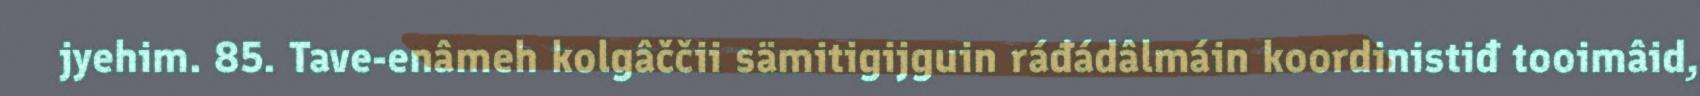
jyehim. 85. Tave-enâmeh kolgâččii sämitigijguin ráđádâlmáin koordinistiđ tooimâid,